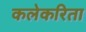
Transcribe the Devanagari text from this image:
कलेकरिता